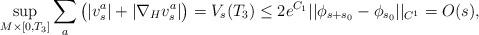
LaTeX: \begin{align*}\sup_{M \times [0, T_3]} \sum_a \big( |v^a_s| + | \nabla_H v^a_s | \big) = V_s (T_3) \leq 2 e^{C_1 } || \phi_{s + s_0} - \phi_{s_0} ||_{C^1} = O(s), \end{align*}